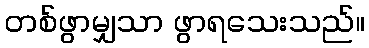
တစ်ဖွာမျှသာ ဖွာရသေးသည်။